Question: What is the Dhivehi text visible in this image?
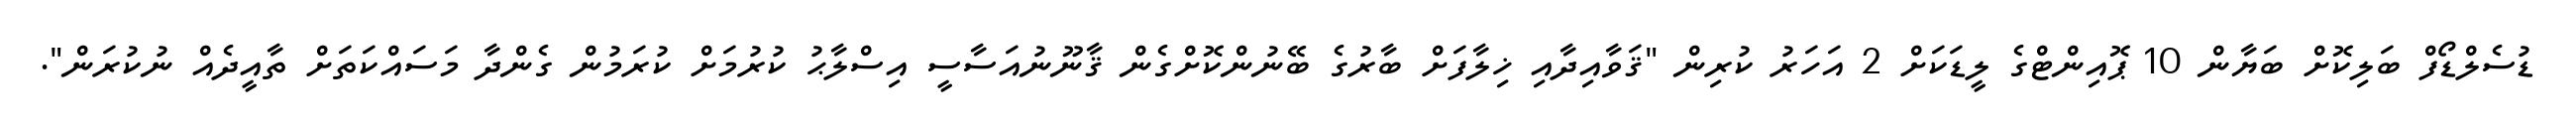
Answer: ޑުސެލްޑޯފް ބަލިކޮށް ބަޔާން 10 ޕޮއިންޓްގެ ލީޑަކަށް 2 އަހަރު ކުރިން "ޤަވާއިދާއި ޚިލާފަށް ބާރުގެ ބޭނުންކޮށްގެން ޤާނޫނުއަސާސީ އިސްލާޙު ކުރުމަށް ކުރަމުން ގެންދާ މަސައްކަތަށް ތާއީދެއް ނުކުރަން".